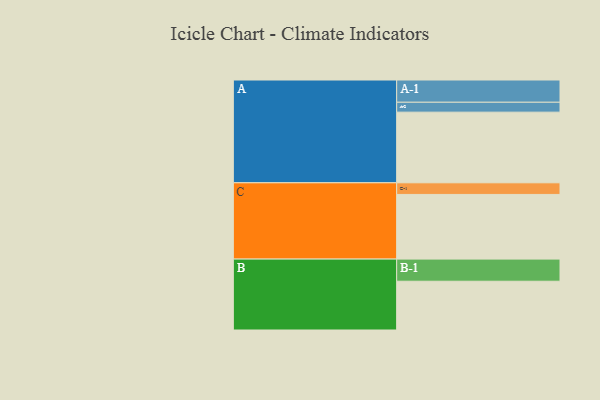
{"axis": {"x": "Segment", "y": "Value"}, "legend": ["", "A", "B", "C"], "data": [{"x": "A", "y": 578, "type": ""}, {"x": "B", "y": 399, "type": ""}, {"x": "C", "y": 529, "type": ""}, {"x": "A-1", "y": 182, "type": "A"}, {"x": "A-2", "y": 81, "type": "A"}, {"x": "B-1", "y": 181, "type": "B"}, {"x": "C-1", "y": 95, "type": "C"}]}